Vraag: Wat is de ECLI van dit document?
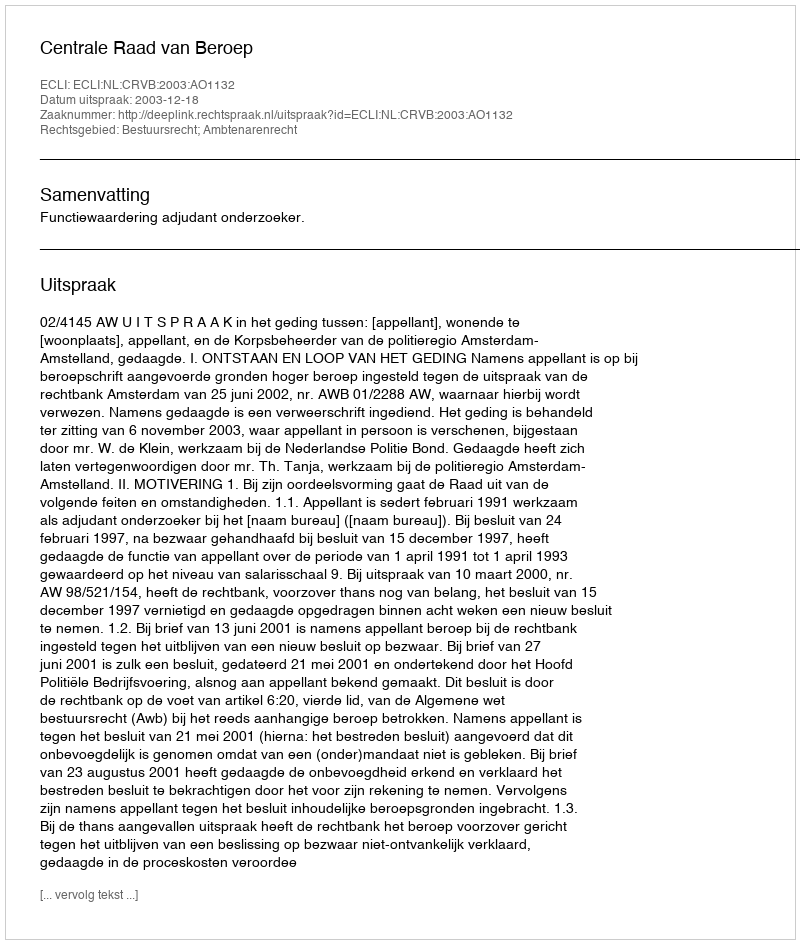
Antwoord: ECLI:NL:CRVB:2003:AO1132